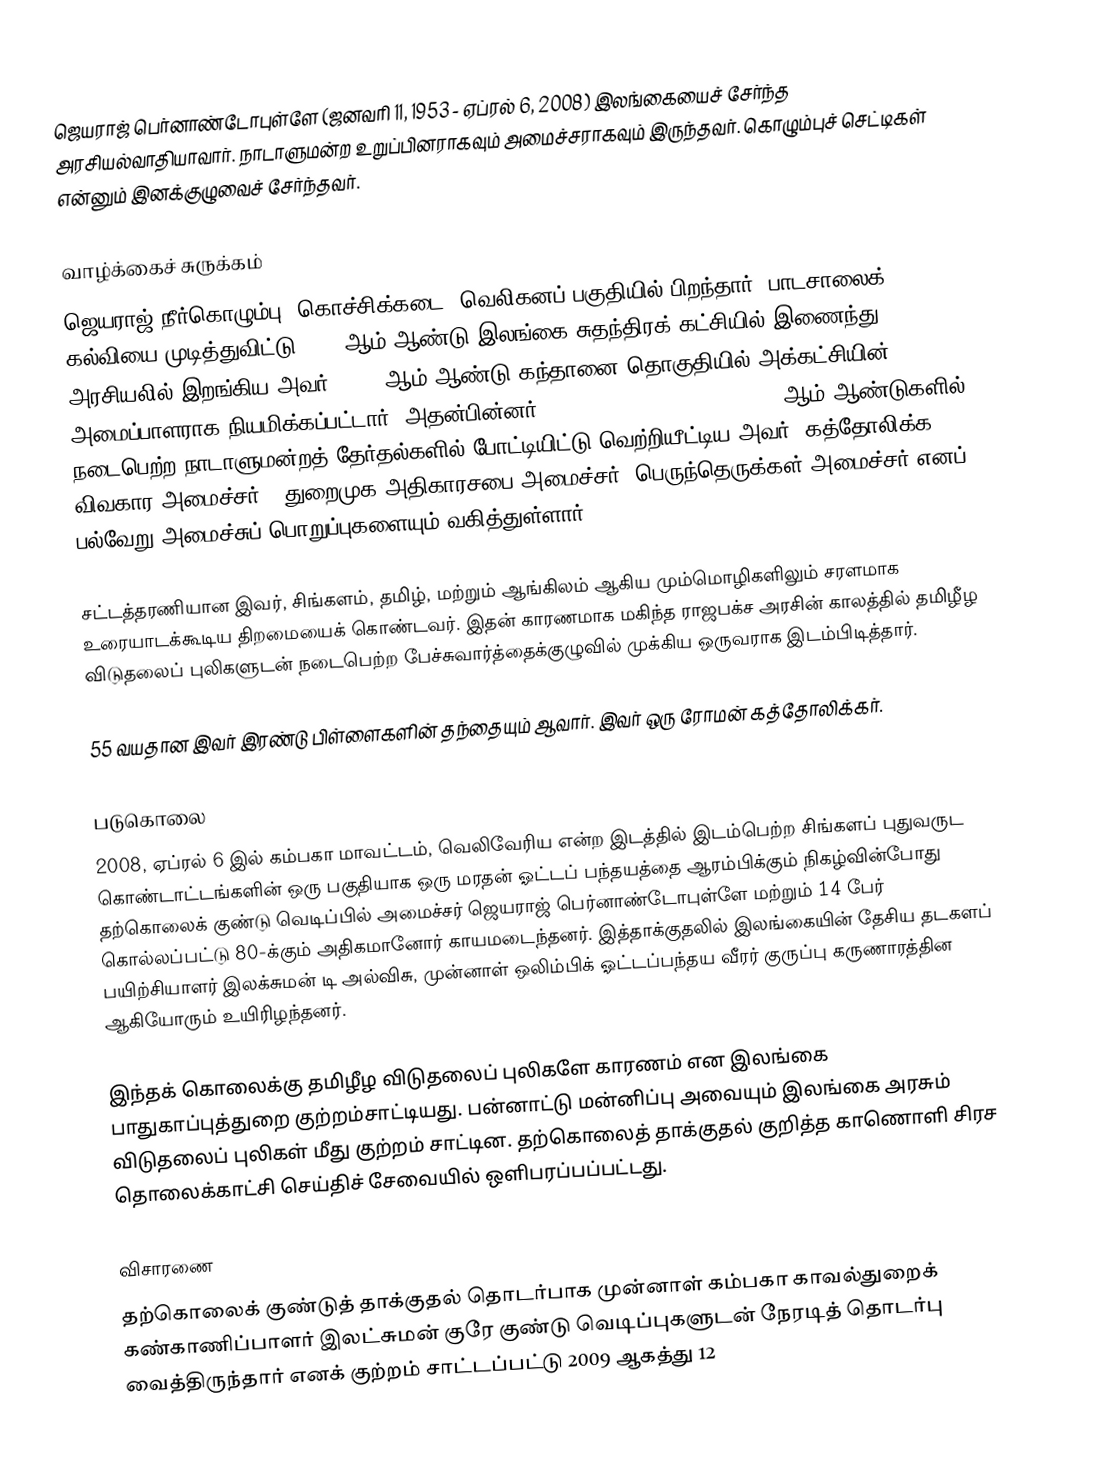
ஜெயராஜ் பெர்னாண்டோபுள்ளே (ஜனவரி 11, 1953 - ஏப்ரல் 6, 2008) இலங்கையைச் சேர்ந்த அரசியல்வாதியாவார். நாடாளுமன்ற உறுப்பினராகவும் அமைச்சராகவும் இருந்தவர்.  கொழும்புச் செட்டிகள் என்னும் இனக்குழுவைச் சேர்ந்தவர்.

வாழ்க்கைச் சுருக்கம்
ஜெயராஜ் நீர்கொழும்பு, கொச்சிக்கடை, வெலிகனப் பகுதியில் பிறந்தார். பாடசாலைக் கல்வியை முடித்துவிட்டு 1970 ஆம் ஆண்டு இலங்கை சுதந்திரக் கட்சியில் இணைந்து அரசியலில் இறங்கிய அவர், 1984 ஆம் ஆண்டு கந்தானை தொகுதியில் அக்கட்சியின் அமைப்பாளராக நியமிக்கப்பட்டார். அதன்பின்னர் 1989, 1994, 2000, 2001, 2004 ஆம் ஆண்டுகளில் நடைபெற்ற நாடாளுமன்றத் தேர்தல்களில் போட்டியிட்டு வெற்றியீட்டிய அவர், கத்தோலிக்க விவகார அமைச்சர் , துறைமுக அதிகாரசபை அமைச்சர், பெருந்தெருக்கள் அமைச்சர் எனப் பல்வேறு அமைச்சுப் பொறுப்புகளையும் வகித்துள்ளார்.

சட்டத்தரணியான இவர், சிங்களம், தமிழ், மற்றும் ஆங்கிலம் ஆகிய மும்மொழிகளிலும் சரளமாக உரையாடக்கூடிய திறமையைக் கொண்டவர். இதன் காரணமாக மகிந்த ராஜபக்ச அரசின் காலத்தில் தமிழீழ விடுதலைப் புலிகளுடன் நடைபெற்ற பேச்சுவார்த்தைக்குழுவில் முக்கிய ஒருவராக இடம்பிடித்தார்.

55 வயதான இவர் இரண்டு பிள்ளைகளின் தந்தையும் ஆவார். இவர் ஒரு ரோமன் கத்தோலிக்கர்.

படுகொலை
2008, ஏப்ரல் 6 இல் கம்பகா மாவட்டம், வெலிவேரிய என்ற இடத்தில் இடம்பெற்ற சிங்களப் புதுவருட கொண்டாட்டங்களின் ஒரு பகுதியாக ஒரு மரதன் ஓட்டப் பந்தயத்தை ஆரம்பிக்கும் நிகழ்வின்போது தற்கொலைக் குண்டு வெடிப்பில் அமைச்சர் ஜெயராஜ் பெர்னாண்டோபுள்ளே மற்றும் 14 பேர் கொல்லப்பட்டு 80-க்கும் அதிகமானோர் காயமடைந்தனர். இத்தாக்குதலில் இலங்கையின் தேசிய தடகளப் பயிற்சியாளர் இலக்சுமன் டி அல்விசு, முன்னாள் ஒலிம்பிக் ஓட்டப்பந்தய வீரர் குருப்பு கருணாரத்தின ஆகியோரும் உயிரிழந்தனர்.

இந்தக் கொலைக்கு தமிழீழ விடுதலைப் புலிகளே காரணம் என இலங்கை பாதுகாப்புத்துறை குற்றம்சாட்டியது. பன்னாட்டு மன்னிப்பு அவையும் இலங்கை அரசும் விடுதலைப் புலிகள் மீது குற்றம் சாட்டின. தற்கொலைத் தாக்குதல் குறித்த காணொளி சிரச தொலைக்காட்சி செய்திச் சேவையில் ஒளிபரப்பப்பட்டது.

விசாரணை
தற்கொலைக் குண்டுத் தாக்குதல் தொடர்பாக முன்னாள் கம்பகா காவல்துறைக் கண்காணிப்பாளர் இலட்சுமன் குரே குண்டு வெடிப்புகளுடன் நேரடித் தொடர்பு வைத்திருந்தார் எனக் குற்றம் சாட்டப்பட்டு 2009 ஆகத்து 12